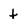
Character: t